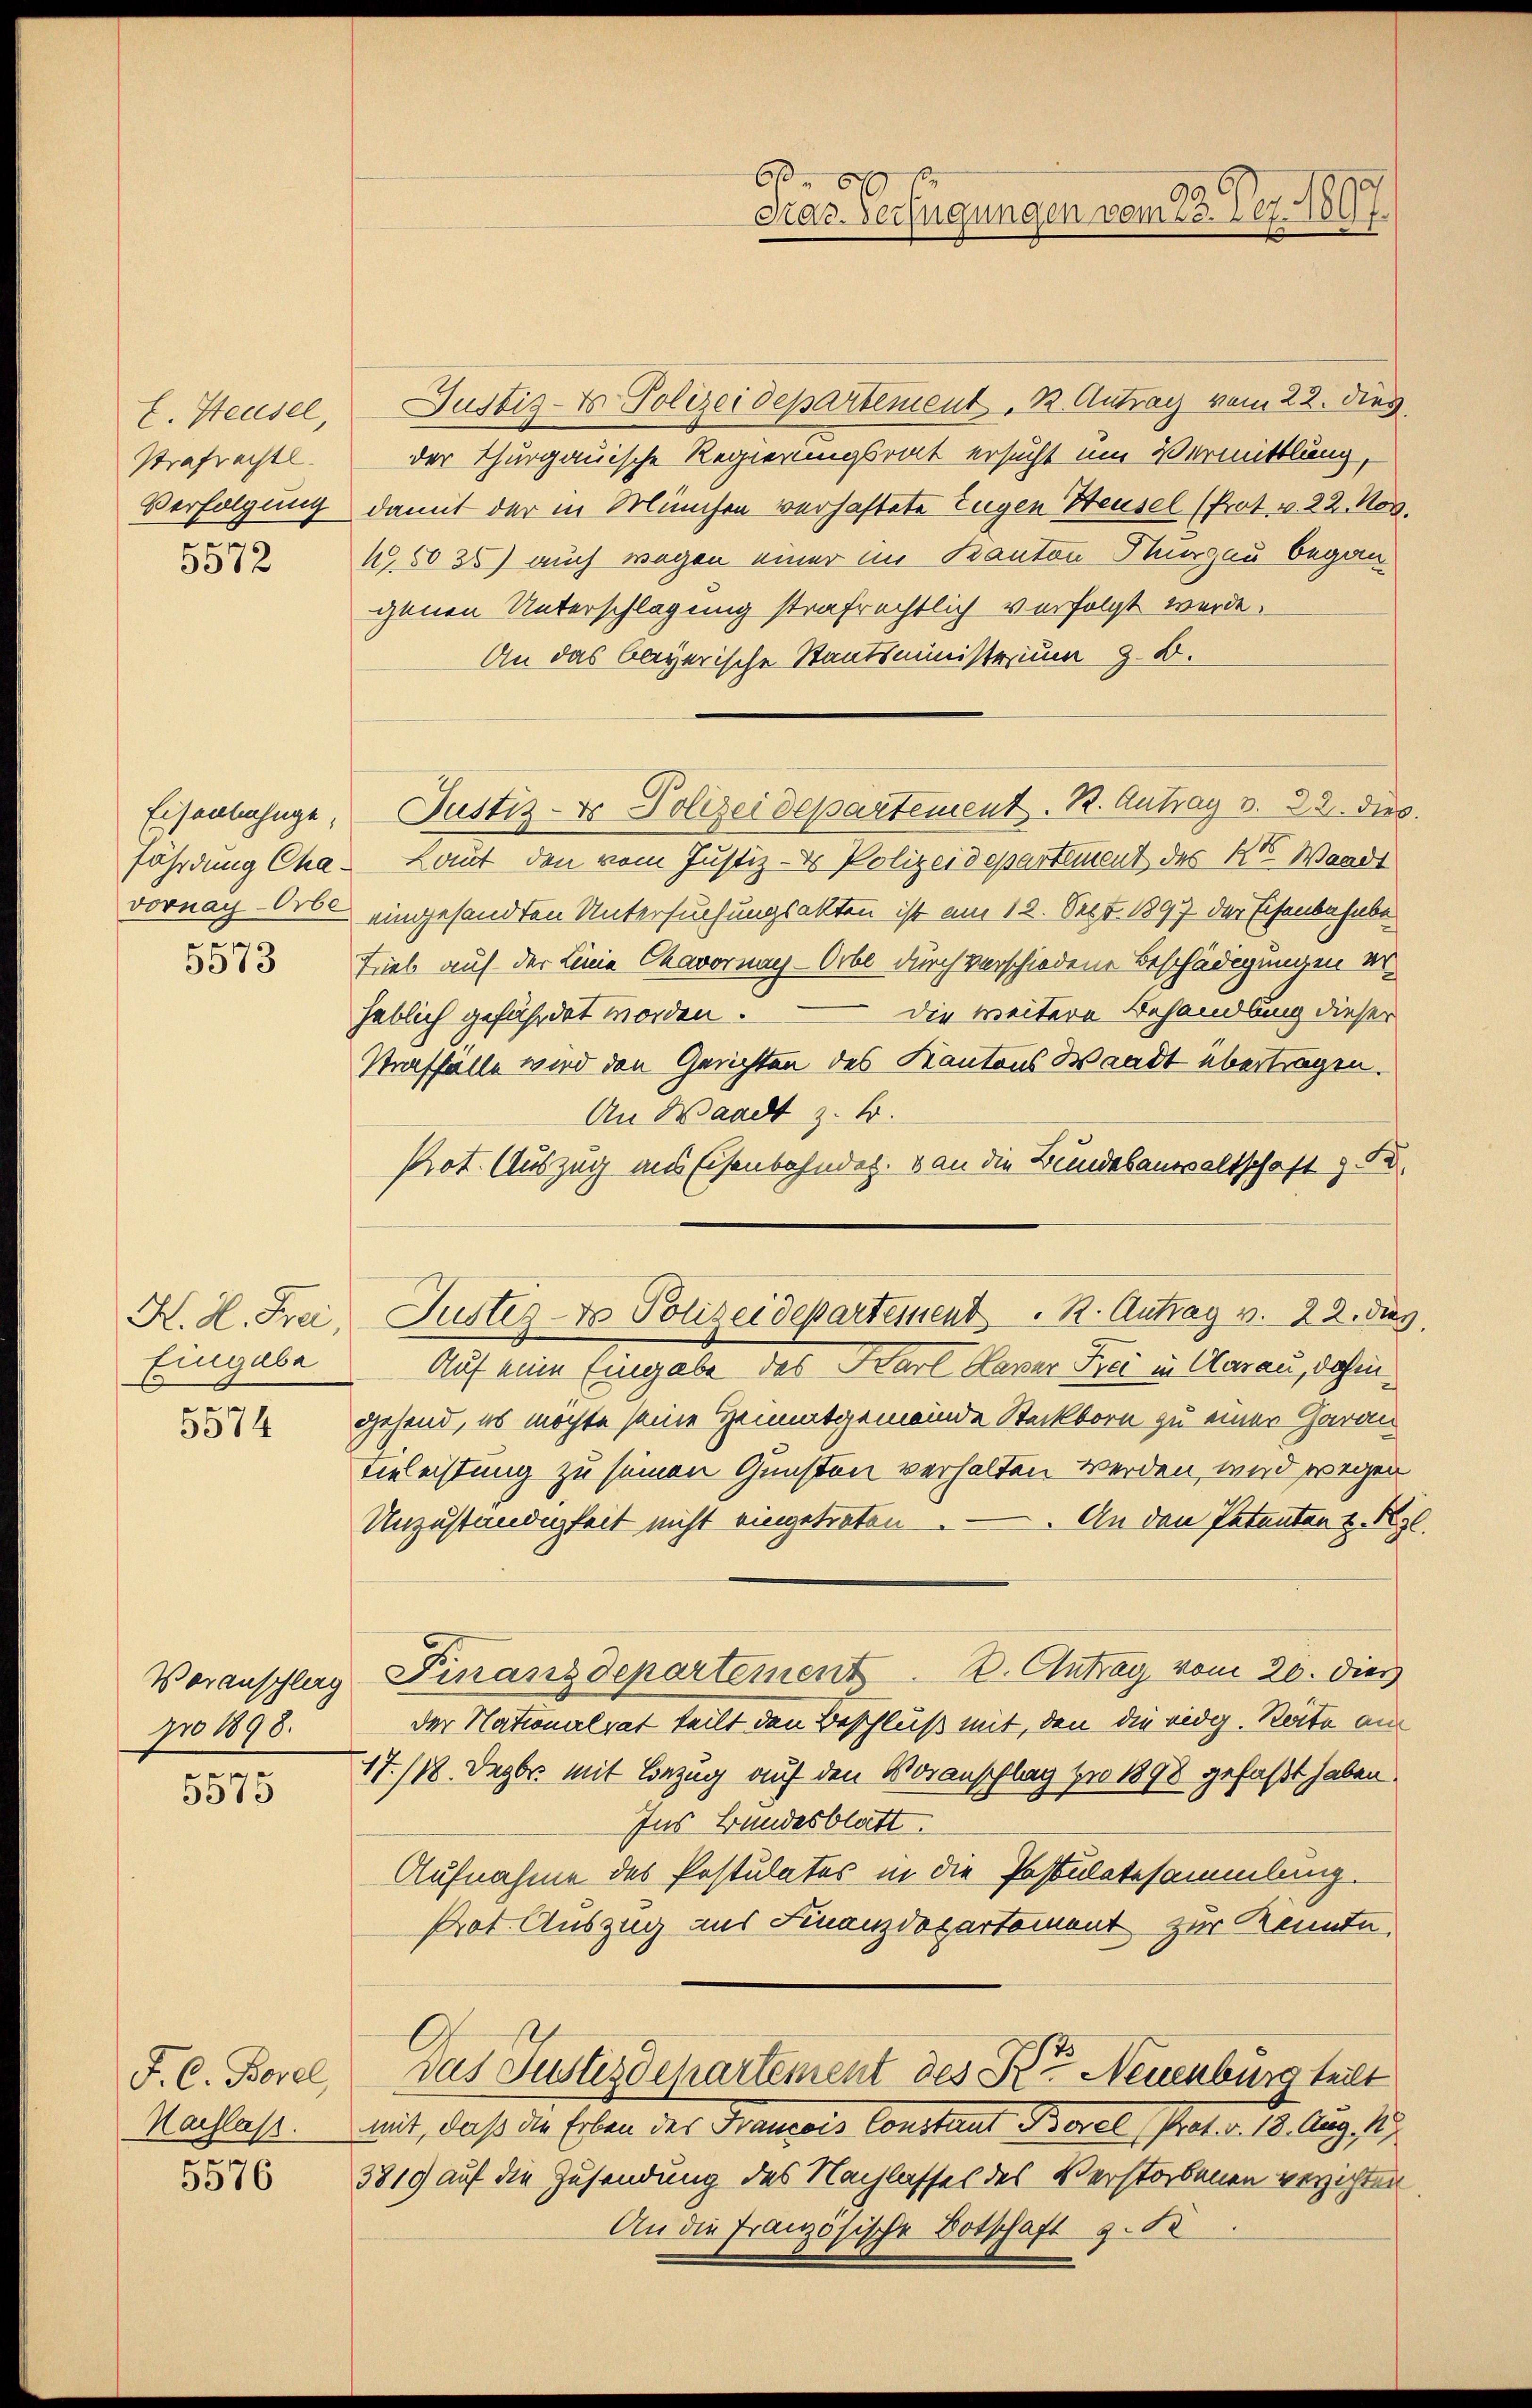
E. Heusel,
Strafrechtl
Verfolgung
t

5372

Eisenbahngefährdung Cha¬
.

5513

H. d. Frei,
Eingabe
5574

Veranschlag
pro 1898.
e

5570

F. C. Borel,
Nachlass.

5576

Justiz- & Polizeidepartement, K. Antrag vom 22. dies
der Thurgauische Regierungsrat ersucht um Vermittlung,
damit der in München verhaftete Eugen Steusel (Prot. v. 22. Nov.
15035) auch wegen einer im Kanton Thurgau begangenen Unterschlagung strafrechtlich verfolgt werde.
An das Obeyerische Staatsministrium z. B.
Justiz- & Polizeidepartement. R. Antrag v. 22. die
Laut den vom Justiz- & Polizeidepartement des Kts. Waadt
vornach Orbe eingesandten Untersuchungsakten ist am 12. Sept. 1897 der Eisenbahnbe
Lieb auf der Linie Chavornay-Orbe durch verschiedene Beschädigungen er-
Die weitere Behandlung dieser
heblich gefährdet worden.
Straffälle wird den Gerichten des Kantons Waadt übertragen.
An Waadt z. B.
Prot. Auszug aus Eisenbahndet. Von die Bundesanwaltschaft z. Sa
Justiz- & Polizeidepartement . K. Antrag v. 22. dies
Auf eine Eingabe des Karl Haver Frei in Aarau, dahin
gehend, es möchte seine Heimatgemeinde Steckborn zu einer Garan
Bieleistung zu seinen Gunsten verhalten werden, wird wegen
Unzuständigkeit nicht eingetreten. — An den Petenten u. Kgl.
Finanzdepartement. 2. Antrag vom 20. dies
der Nationalrat teilt den Beschluß mit, den die eidg. Seite an
17./18. Dezbr. mit Bezug auf den Voranschlag pro 1898 gefaßt haben.
Ins Bundesblatt.
Aufnahme des Postulates in die Postulatesammlung.
Prot. Auszug aus Finanzdepartement zur Kennte.
Das Justizdepartement des Peter Neuenburg teilt
mit, daß die Erben der Francois Constant Borel Prot. d. 12. Aug. 17
3819 auf die Zusendung des Nachlasses des Verstorbenen verzichten
An die Französische Botschaft z. Se

667
Gras Verfügungen vom 23. Dez. 1897